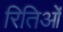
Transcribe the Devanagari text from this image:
रितिओं